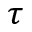
\tau